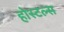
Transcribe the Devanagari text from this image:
होस्टल्स